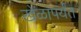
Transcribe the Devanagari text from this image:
खेळापर्यंत